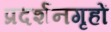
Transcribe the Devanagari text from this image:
प्रदर्शनगृहों